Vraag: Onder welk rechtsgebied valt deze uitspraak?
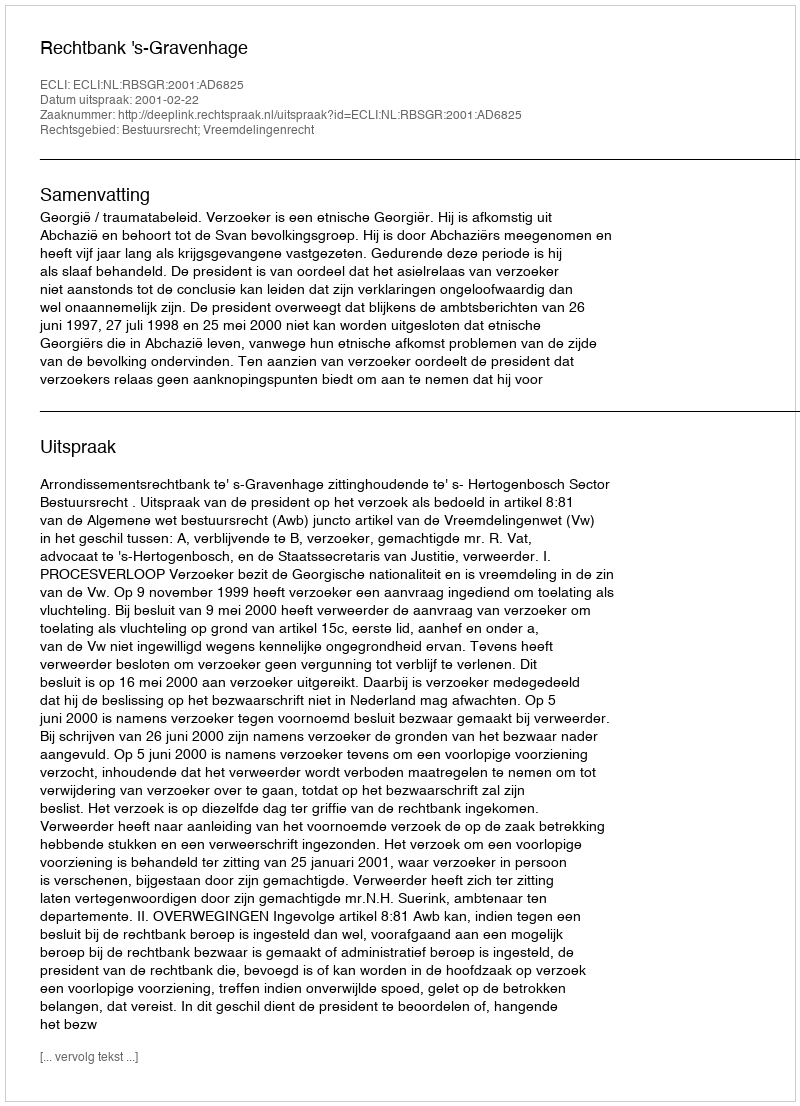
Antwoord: Bestuursrecht; Vreemdelingenrecht